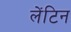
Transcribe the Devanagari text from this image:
लेंटिन